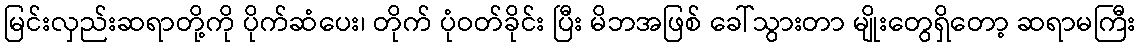
မြင်းလှည်းဆရာတို့ကို ပိုက်ဆံပေး၊ တိုက် ပုံဝတ်ခိုင်း ပြီး မိဘအဖြစ် ခေါ်သွားတာ မျိုးတွေရှိတော့ ဆရာမကြီး